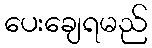
ပေးချေရမည်